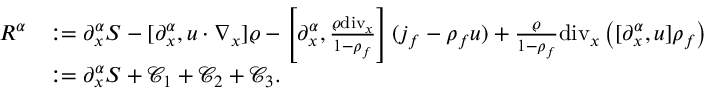
\begin{array} { r l } { R ^ { \alpha } } & { : = \partial _ { x } ^ { \alpha } S - [ \partial _ { x } ^ { \alpha } , u \cdot \nabla _ { x } ] \varrho - \left[ \partial _ { x } ^ { \alpha } , \frac { \varrho \mathrm { d i v } _ { x } } { 1 - \rho _ { f } } \right] ( j _ { f } - \rho _ { f } u ) + \frac { \varrho } { 1 - \rho _ { f } } \mathrm { d i v } _ { x } \left( [ \partial _ { x } ^ { \alpha } , u ] \rho _ { f } \right) } \\ & { : = \partial _ { x } ^ { \alpha } S + \mathcal { C } _ { 1 } + \mathcal { C } _ { 2 } + \mathcal { C } _ { 3 } . } \end{array}